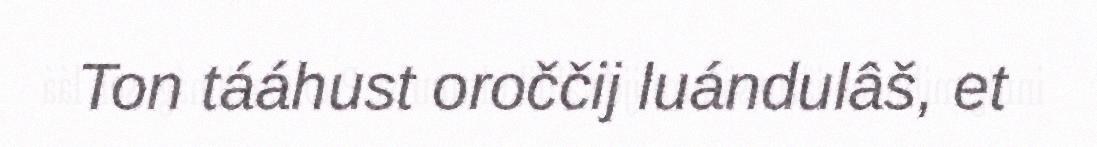
Ton tááhust oroččij luándulâš, et